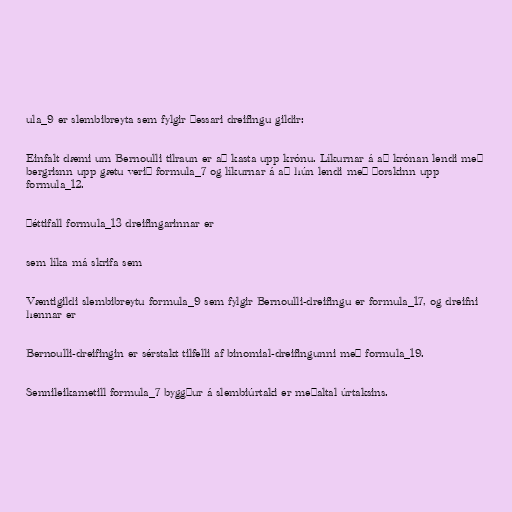
ula_9 er slembibreyta sem fylgir þessari dreifingu gildir:

Einfalt dæmi um Bernoulli tilraun er að kasta upp krónu. Líkurnar á að krónan lendi með
bergrisnn upp gætu verið formula_7 og líkurnar á að hún lendi með þorskinn upp
formula_12.

Þéttifall formula_13 dreifingarinnar er

sem líka má skrifa sem

Væntigildi slembibreytu formula_9 sem fylgir Bernoulli-dreifingu er formula_17, og dreifni
hennar er

Bernoulli-dreifingin er sérstakt tilfelli af binomial-dreifingunni með formula_19.

Sennileikametill formula_7 byggður á slembiúrtaki er meðaltal úrtaksins.